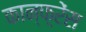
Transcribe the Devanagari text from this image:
कान्फ़्रेंस